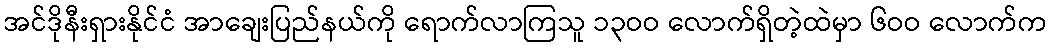
အင်ဒိုနီးရှားနိုင်ငံ အာချေးပြည်နယ်ကို ရောက်လာကြသူ ၁၃ဝဝ လောက်ရှိတဲ့ထဲမှာ ၆ဝဝ လောက်က